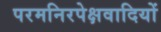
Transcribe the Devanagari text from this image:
परमनिरपेक्षवादियों